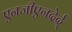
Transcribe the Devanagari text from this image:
एनजीएनदेर्द्